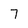
Character: 7